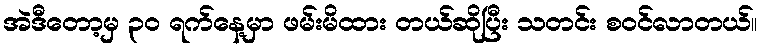
အဲဒီတော့မှ ၃၀ ရက်နေ့မှာ ဖမ်းမိထား တယ်ဆိုပြီး သတင်း စဝင်လာတယ်။